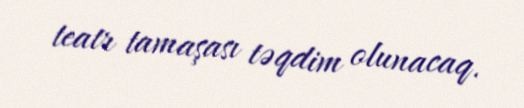
teatr tamaşası təqdim olunacaq.